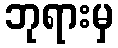
ဘုရားမှ